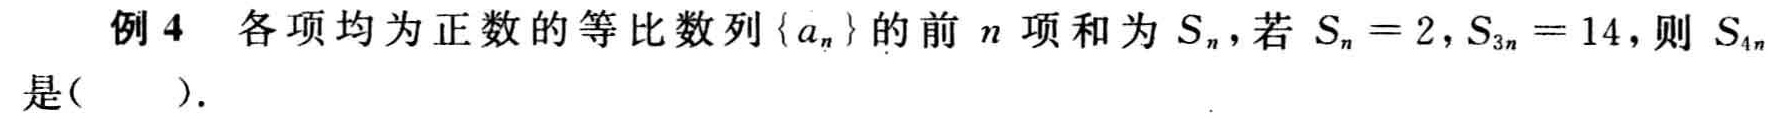
例4 各项均为正数的等比数列\(\{ a_{n}\}\)的前\(n\)项和为\(S_{n}\)，若\(S_{n}=2\)，\(S_{3n}=14\)，则 \(S_{4n}\)是(  ).